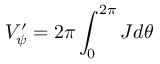
V _ { \psi } ^ { \prime } = 2 \pi \int _ { 0 } ^ { 2 \pi } { \cal J } d \theta